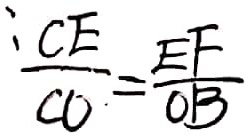
: \frac { C E } { C O } = \frac { E F } { O B }